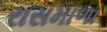
રાસમાળા